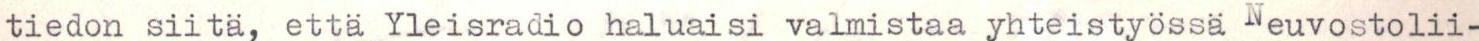
tiedon siitä, että Yleisradio haluaisi valmistaa yhteistyössä Neuvostolii-